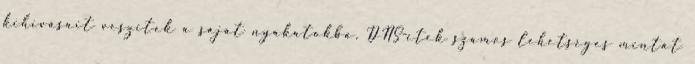
kihívásait veszitek a saját nyakatokba. DNS-etek számos lehetséges mintát